Document type: Dowry acquittance
Year: 1240
Scribe: Pere de Bages
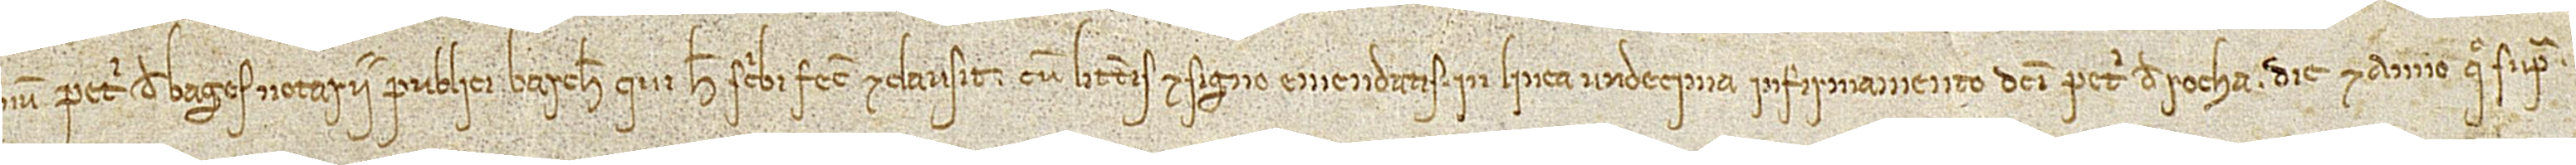
num Petri de Bages, notarii publici Barchinone, qui hec scribi fecit et clausit cum litteris et signo emendatis in linea undecima, in firmamento dicti Petri de Rocha, die et anno quo supra.